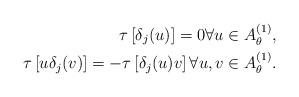
LaTeX: \begin{align*} \tau\left[ \delta_j(u)\right] = 0 \forall u\in A_\theta^{(1)}, \\ \tau\left[ u\delta_j(v)\right] =- \tau\left[ \delta_j(u)v\right] \forall u,v\in A_\theta^{(1)}. \end{align*}